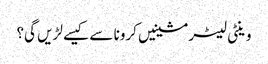
وینٹی لیٹر مشینیں کرونا سے کیسے لڑیں گی؟